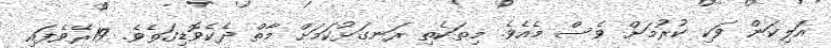
އަލިކަން ވަކި ކުރުމަށް ވެސް މެއެވެ. މިތަކެތި ރަނގަޅުކަމަށް މާތް ދެކެވޮޑިގަތެވެ. 19ރޭވެފައި